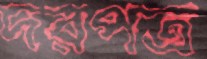
দরপত্র